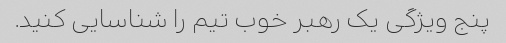
پنج ویژگی یک رهبر خوب تیم را شناسایی کنید.